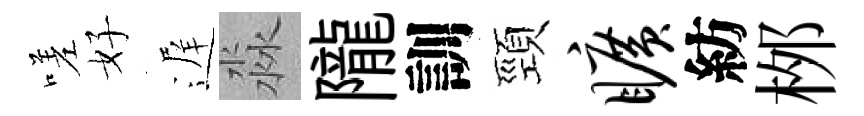
嗟好遅淼隴訓頸旷紡桞